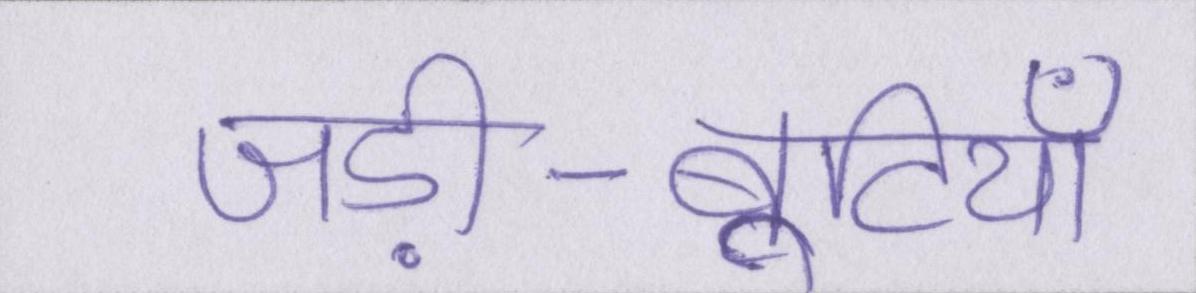
जड़ी-बूटियाँ